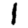
Digit: 1